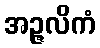
အဉ္ဇလိကံ